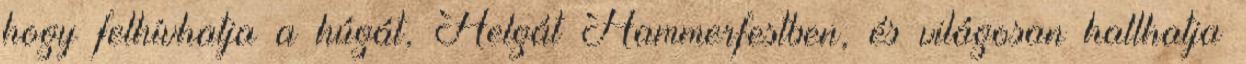
hogy felhívhatja a húgát, Helgát Hammerfestben, és világosan hallhatja